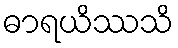
ဓာရယိဿသိ